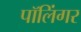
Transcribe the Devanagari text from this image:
पॉलिंगर